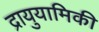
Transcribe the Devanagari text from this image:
द्रायुयामिकी